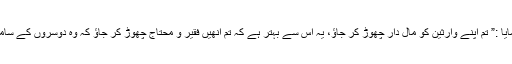
ساتھ ہی آپ ص نے فرمایا :” تم اپنے وارثین کو مال دار چھوڑ کر جاؤ، یہ اس سے بہتر ہے کہ تم انھیں فقیر و محتاج چھوڑ کر جاؤ کہ وہ دوسروں کے سامنے ہاتھ پھیلاتے پھریں۔